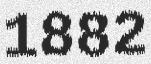
1882